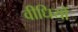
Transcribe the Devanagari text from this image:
वीधियों